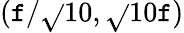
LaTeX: (\mathtt{f}/\sqrt{}{{10}},\sqrt{}{{10}}\mathtt{f})